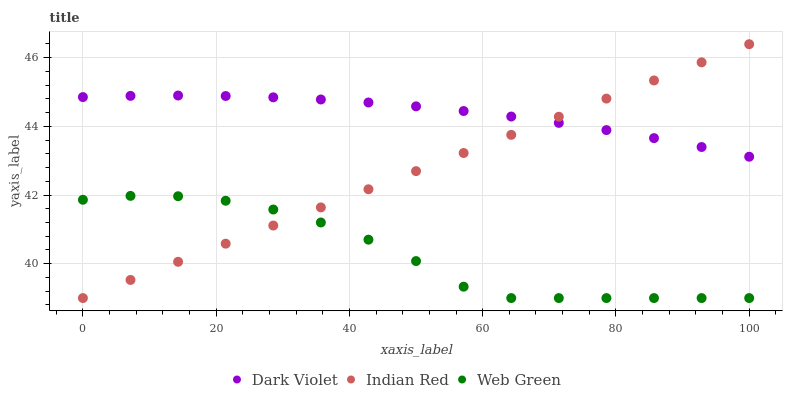
| xaxis_label | Dark Violet | Indian Red | Web Green |
 | --- | --- | --- | --- |
 | 0 | 44.9 | 39 | 41.9 |
 | 7.14 | 44.9 | 39.5 | 42 |
 | 14.3 | 44.9 | 40.1 | 42 |
 | 21.4 | 44.9 | 40.6 | 41.8 |
 | 28.6 | 44.8 | 41.1 | 41.6 |
 | 35.7 | 44.8 | 41.6 | 41.2 |
 | 42.9 | 44.7 | 42.2 | 40.7 |
 | 50 | 44.6 | 42.7 | 40.1 |
 | 57.1 | 44.4 | 43.2 | 39.3 |
 | 64.3 | 44.3 | 43.8 | 39 |
 | 71.4 | 44.1 | 44.3 | 39 |
 | 78.6 | 43.9 | 44.8 | 39 |
 | 85.7 | 43.7 | 45.3 | 39 |
 | 92.9 | 43.4 | 45.9 | 39 |
 | 100 | 43.1 | 46.4 | 39 |